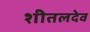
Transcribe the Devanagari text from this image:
शीतलदेव